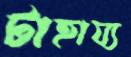
টাহায্য